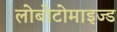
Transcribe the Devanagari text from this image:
लोबोटोमाइज्ड